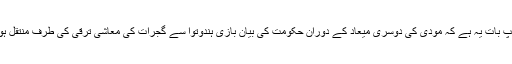
دلچسپ بات یہ ہے کہ مودی کی دوسری میعاد کے دوران حکومت کی بیان بازی ہندوتوا سے گجرات کی معاشی ترقی کی طرف منتقل ہوگئی۔